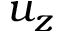
u _ { z }